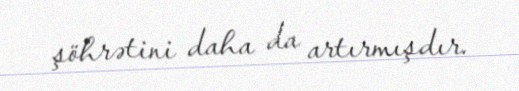
şöhrətini daha da artırmışdır.